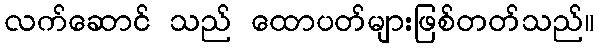
လက်ဆောင် သည် ထောပတ်များဖြစ်တတ်သည်။